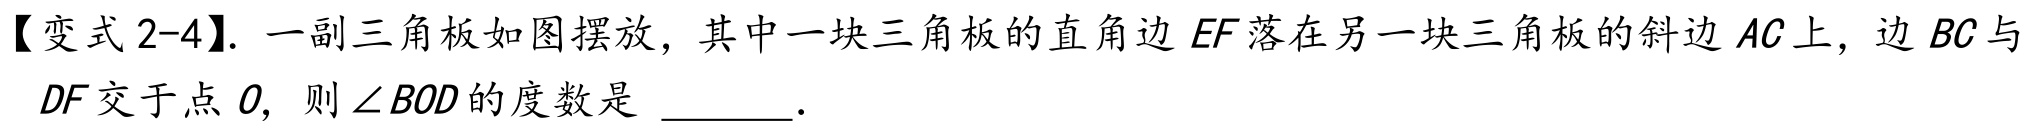
【变式2-4】. 一副三角板如图摆放，其中一块三角板的直角边 \(EF\) 落在另一块三角板的斜边 \(AC\) 上，边 \(BC\) 与
\(DF\) 交于点 \(O\)，则\(\angle BOD\)的度数是  ．